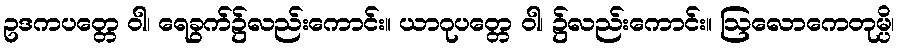
ဥဒကပတ္တေ ဝါ၊ ရေခွက်၌လည်းကောင်း။ ယာဂုပတ္တေ ဝါ၊ ၌လည်းကောင်း။ ဩလောကေတုမ္ပိ၊